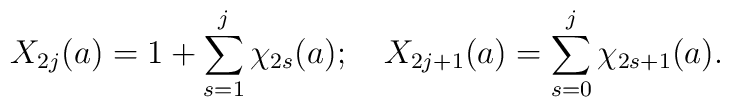
X_{2j}(a)=1+\sum_{s=1}^j\chi _{2s}(a);\quad X_{2j+1}(a)=\sum_{s=0}^j\chi_{2s+1}(a).